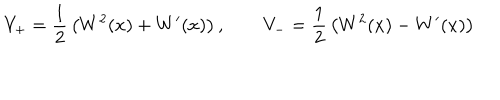
V _ { + } = { \frac { 1 } { 2 } } \left( W ^ { 2 } ( x ) + W ^ { \prime } ( x ) \right) , \qquad V _ { - } = { \frac { 1 } { 2 } } \left( W ^ { 2 } ( x ) - W ^ { \prime } ( x ) \right)